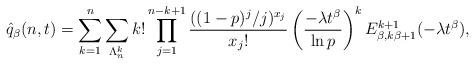
LaTeX: \begin{align*}\hat{q}_{\beta}(n,t)=\sum_{k=1}^{n}\sum_{\Lambda_{n}^{k}}k!\prod_{j=1}^{n-k+1}\frac{((1-p)^{j}/j)^{x_{j}}}{x_{j}!}\left(\frac{-\lambda t^{\beta}}{\ln p}\right)^{k}E_{\beta,k\beta+1}^{k+1}(-\lambda t^{\beta}),\end{align*}